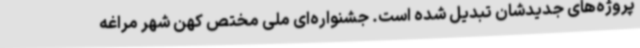
پروژه‌های جدیدشان تبدیل شده است. جشنواره‌ای ملی مختص کهن شهر مراغه